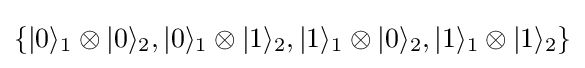
\left\{|0\rangle _{1}\otimes |0\rangle _{2},|0\rangle _{1}\otimes |1\rangle _{2},|1\rangle _{1}\otimes |0\rangle _{2},|1\rangle _{1}\otimes |1\rangle _{2}\right\}